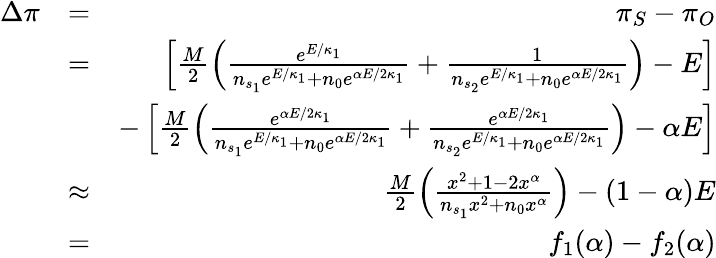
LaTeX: \begin{array}{rlr}{\Delta\pi}&{=}&{\pi_{S}-\pi_{O}}\\ &{=}&{\left[\frac{M}{2}\left(\frac{e^{E/\kappa_{1}}}{n_{s_{1}}e^{E/\kappa_{1}}+n_{0}e^{\alpha E/2\kappa_{1}}}+\frac{1}{n_{s_{2}}e^{E/\kappa_{1}}+n_{0}e^{\alpha E/2\kappa_{1}}}\right)-E\right]}\\ &{}&{-\left[\frac{M}{2}\left(\frac{e^{\alpha E/2\kappa_{1}}}{n_{s_{1}}e^{E/\kappa_{1}}+n_{0}e^{\alpha E/2\kappa_{1}}}+\frac{e^{\alpha E/2\kappa_{1}}}{n_{s_{2}}e^{E/\kappa_{1}}+n_{0}e^{\alpha E/2\kappa_{1}}}\right)-\alpha E\right]}\\ &{\approx}&{\frac{M}{2}\left(\frac{x^{2}+1-2x^{\alpha}}{n_{s_{1}}x^{2}+n_{0}x^{\alpha}}\right)-(1-\alpha)E}\\ &{=}&{f_{1}(\alpha)-f_{2}(\alpha)}\end{array}